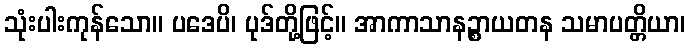
သုံးပါးကုန်သော။ ပဒေပိ၊ ပုဒ်တို့ဖြင့်။ အာကာသာနဉ္စာယတန သမာပတ္တိယာ၊